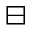
\boxminus